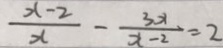
\frac { x - 2 } { x } - \frac { 3 x } { x - 2 } = 2